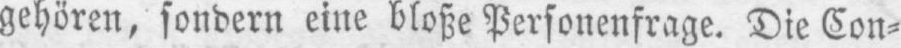
gehören, sondern eine bloße Personenfrage. Die Con⸗